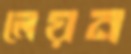
লেয়ন